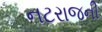
નટરાજની